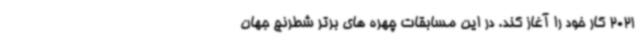
2021 کار خود را آغاز کند. در این مسابقات چهره های برتر شطرنج جهان